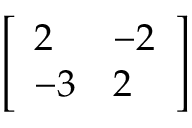
\left[ { \begin{array} { l l } { 2 } & { - 2 } \\ { - 3 } & { 2 } \end{array} } \right]